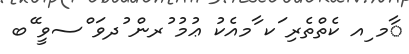
ާމ ިއ ކެތްތެރި ަކ ާމއެކު ޢުމު ުރން ުދވަ ްސވީ ޭބ